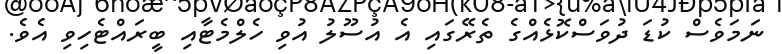
ނަމަވެސް ކުޑަ ދުވަސްކޮޅެއްގެ ތެރޭގައި އެ އުސޫލު އުވި ހެލްމެޓާއި ބީރައްޓެހިވި އެވެ.